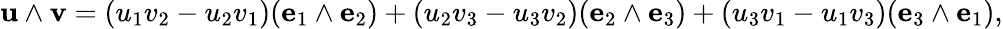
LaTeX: \mathbf{u}\wedge\mathbf{v}=(u_{1}v_{2}-u_{2}v_{1})(\mathbf{e}_{1}\wedge\mathbf{e}_{2})+(u_{2}v_{3}-u_{3}v_{2})(\mathbf{e}_{2}\wedge\mathbf{e}_{3})+(u_{3}v_{1}-u_{1}v_{3})(\mathbf{e}_{3}\wedge\mathbf{e}_{1}),